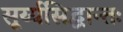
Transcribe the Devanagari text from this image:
सूर्य्यसिद्धान्तः